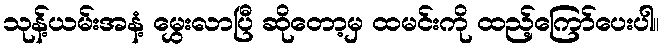
သုန့်ယမ်းအနံ့ မွှေးလာပြီ ဆိုတော့မှ ထမင်းကို ထည့်ကြော်ပေးပါ။